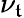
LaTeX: \nu_{\mathfrak{t}}